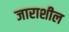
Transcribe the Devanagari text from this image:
जाराशील